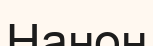
Нанон